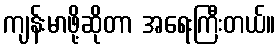
ကျန်းမာဖို့ဆိုတာ အရေးကြီးတယ်။